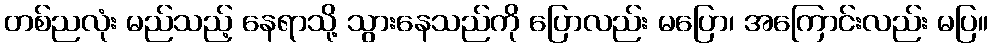
တစ်ညလုံး မည်သည့် နေရာသို့ သွားနေသည်ကို ပြောလည်း မပြော၊ အကြောင်းလည်း မပြ။